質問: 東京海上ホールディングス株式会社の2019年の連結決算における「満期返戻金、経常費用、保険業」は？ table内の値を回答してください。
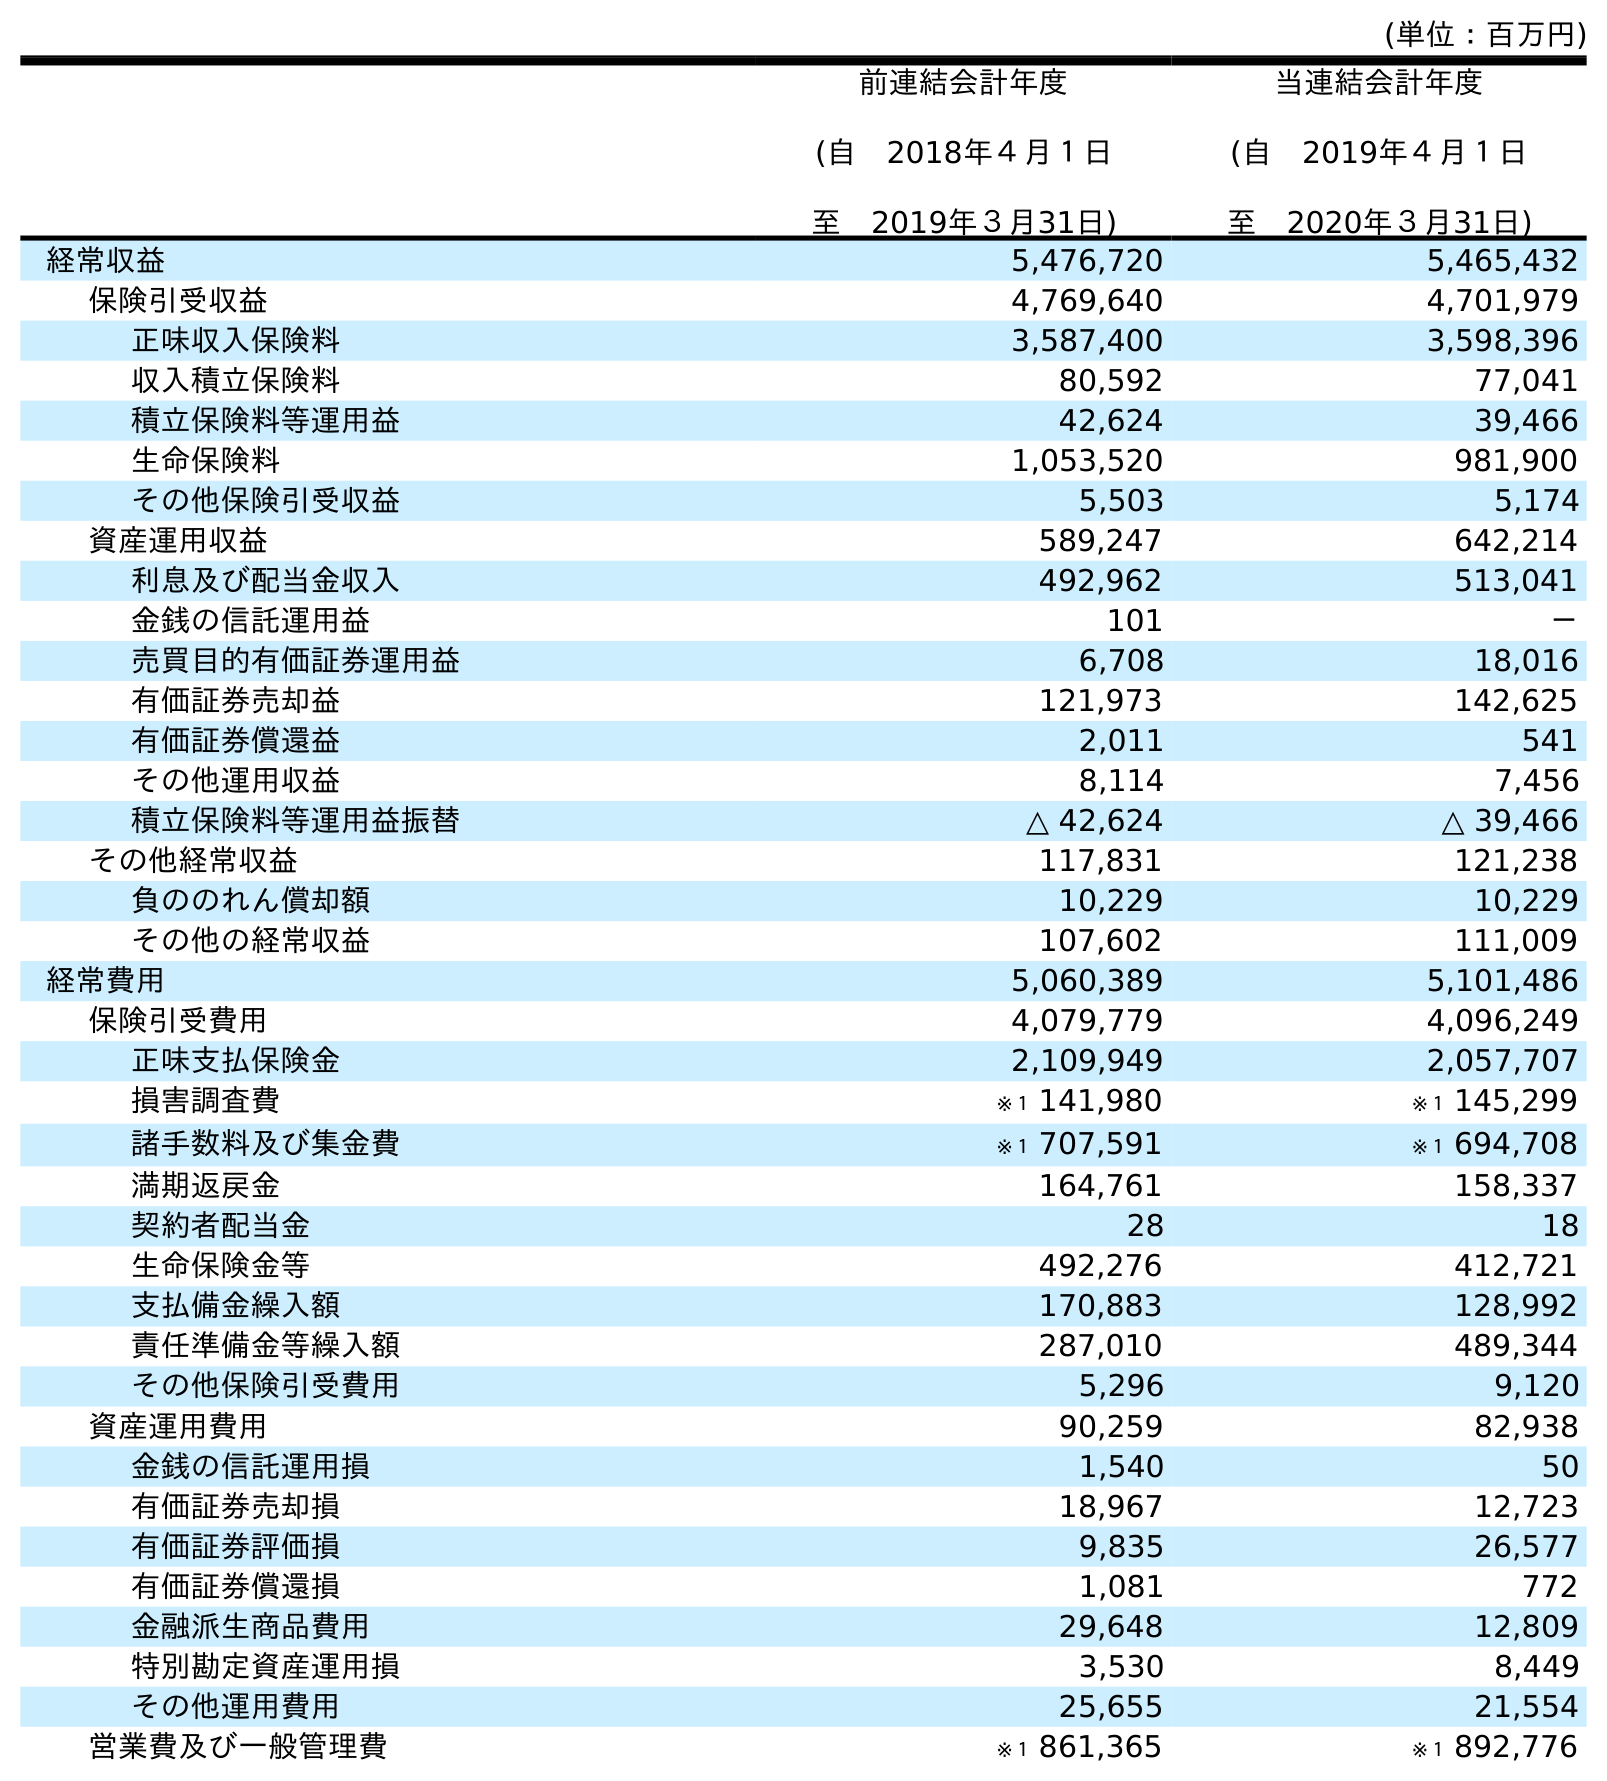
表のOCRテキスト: (単位：百万円) 前連結会計年度 (自 2018年４月１日 至 2019年３月31日) 当連結会計年度 (自 2019年４月１日 至 2020年３月31日) 経常収益 5,476,720 5,465,432 保険引受収益 4,769,640 4,701,979 正味収入保険料 3,587,400 3,598,396 収入積立保険料 80,592 77,041 積立保険料等運用益 42,624 39,466 生命保険料 1,053,520 981,900 その他保険引受収益 5,503 5,174 資産運用収益 589,247 642,214 利息及び配当金収入 492,962 513,041 金銭の信託運用益 101 － 売買目的有価証券運用益 6,708 18,016 有価証券売却益 121,973 142,625 有価証券償還益 2,011 541 その他運用収益 8,114 7,456 積立保険料等運用益振替 △ 42,624 △ 39,466 その他経常収益 117,831 121,238 負ののれん償却額 10,229 10,229 その他の経常収益 107,602 111,009 経常費用 5,060,389 5,101,486 保険引受費用 4,079,779 4,096,249 正味支払保険金 2,109,949 2,057,707 損害調査費 ※１ 141,980 ※１ 145,299 諸手数料及び集金費 ※１ 707,591 ※１ 694,708 満期返戻金 164,761 158,337 契約者配当金 28 18 生命保険金等 492,276 412,721 支払備金繰入額 170,883 128,992 責任準備金等繰入額 287,010 489,344 その他保険引受費用 5,296 9,120 資産運用費用 90,259 82,938 金銭の信託運用損 1,540 50 有価証券売却損 18,967 12,723 有価証券評価損 9,835 26,577 有価証券償還損 1,081 772 金融派生商品費用 29,648 12,809 特別勘定資産運用損 3,530 8,449 その他運用費用 25,655 21,554 営業費及び一般管理費 ※１ 861,365 ※１ 892,776
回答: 164,761